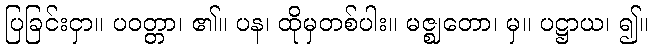
ပြခြင်းငှာ။ ပဝတ္တာ၊ ၏။ ပန၊ ထိုမှတစ်ပါး။ မဇ္ဈတော၊ မှ။ ပဋ္ဌာယ၊ ၍။